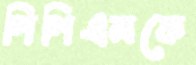
পিপিএমকে